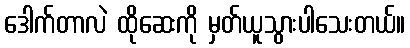
ဒေါက်တာလဲ ထိုဆေးကို မှတ်ယူသွားပါသေးတယ်။